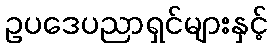
ဥပဒေပညာရှင်များနှင့်